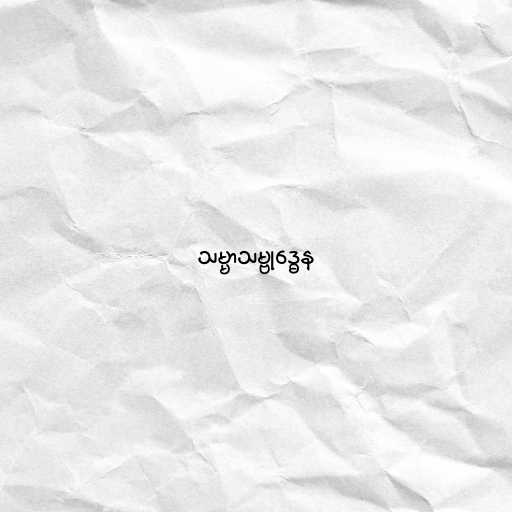
သမ္မာသမ္ဗုဒ္ဓေန